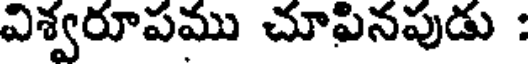
విశ్వరూపము చూపినపుడు :